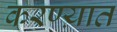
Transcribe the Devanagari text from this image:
करण्य़ात